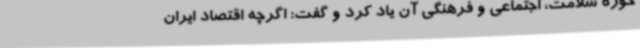
حوزه سلامت، اجتماعی و فرهنگی آن یاد کرد و گفت: اگرچه اقتصاد ایران